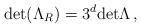
LaTeX: \begin{align*}\hbox{\rm det}(\Lambda_R)=3^d\hbox{\rm det} \Lambda\,,\end{align*}